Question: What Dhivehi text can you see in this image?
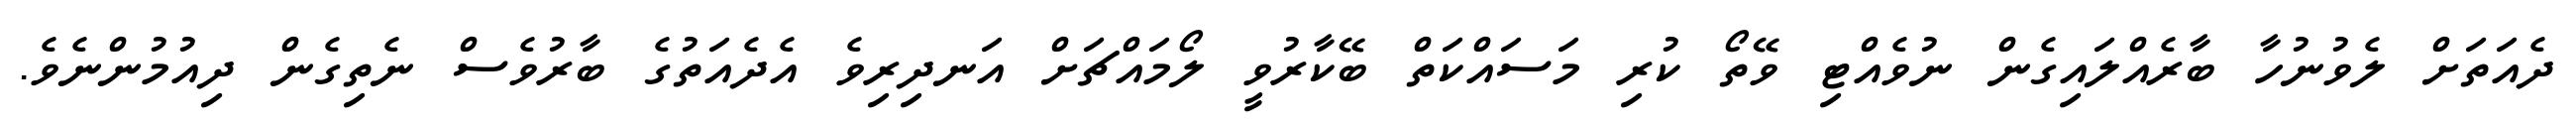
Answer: ދެއަތަށް ލެވުނުހާ ބާރެއްލައިގެން ނުވެއްޓި ވޭތޯ ކުރި މަސައްކަތް ބޭކާރުވީ ލޯމައްޗަށް އަނދިރިވެ އެދެއަތުގެ ބާރުވެސް ނެތިގެން ދިއުމުންނެވެ.